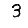
Digit: 3